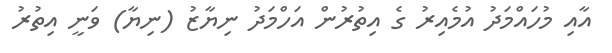
އާއި މުހައްމަދު އުމެއިރު ގެ އިތުރުން އަހްމަދު ނިޔާޒު (ނިޔާ) ވަނީ އިތުރު